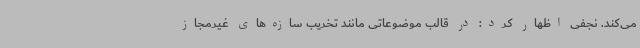
می‌کند. نجفی اظهار کرد: در قالب موضوعاتی مانند تخریب سازه‌های غیرمجاز